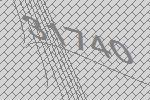
31740